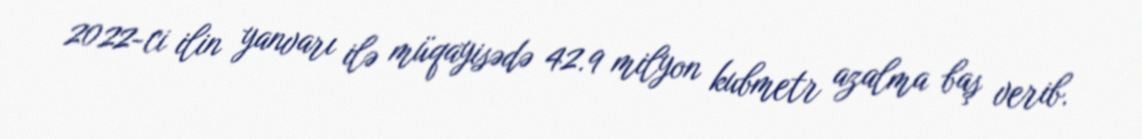
2022-ci ilin yanvarı ilə müqayisədə 42.9 milyon kubmetr azalma baş verib.